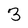
Character: 3